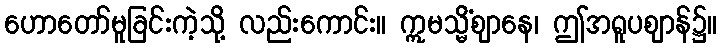
ဟောတော်မူခြင်းကဲ့သို့ လည်းကောင်း။ ဣမသ္မိံဈာနေ၊ ဤအရူပဈာန်၌။